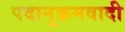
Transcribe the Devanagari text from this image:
पदानुक्रमवादी